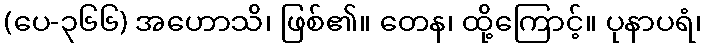
(ပေ-၃၆၆) အဟောသိ၊ ဖြစ်၏။ တေန၊ ထို့ကြောင့်။ ပုနာပရံ၊